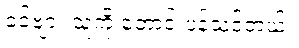
ခင်ဗျား သူ့ကို တောင်းပန်သင့်တယ်။